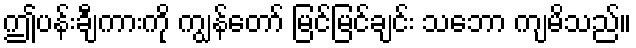
ဤပန်းချီကားကို ကျွန်တော် မြင်မြင်ချင်း သဘော ကျမိသည်။